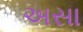
અસા